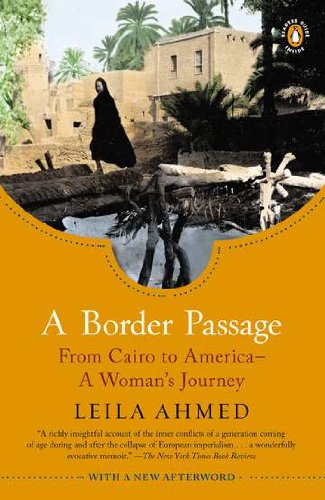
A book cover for A Border Passage: From Cairo to America--A Woman's Journey; Leila Ahmed; Religion & Spirituality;